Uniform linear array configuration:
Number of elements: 16
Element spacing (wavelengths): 0.75
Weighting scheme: hann
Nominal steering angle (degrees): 60
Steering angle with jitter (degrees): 59.662
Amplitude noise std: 0.05
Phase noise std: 0.05

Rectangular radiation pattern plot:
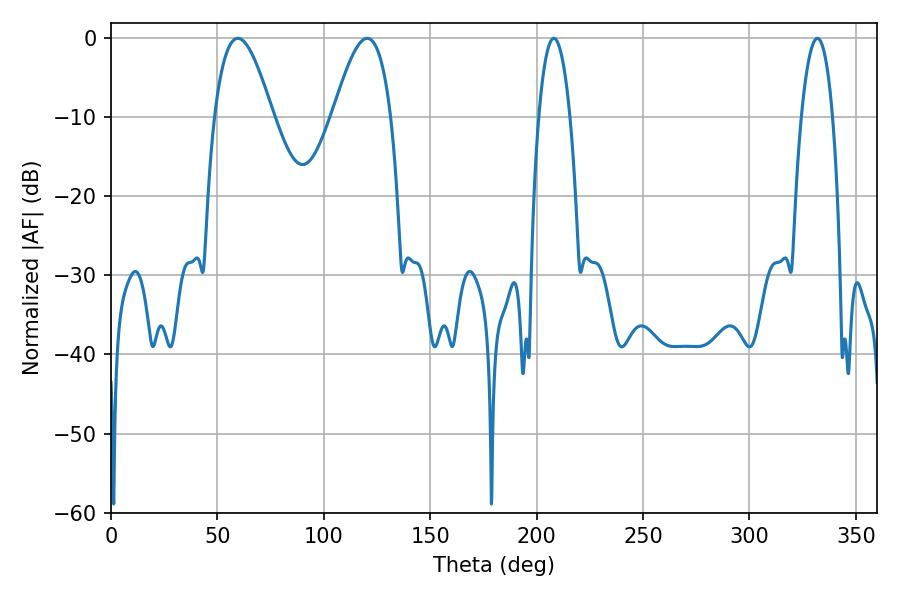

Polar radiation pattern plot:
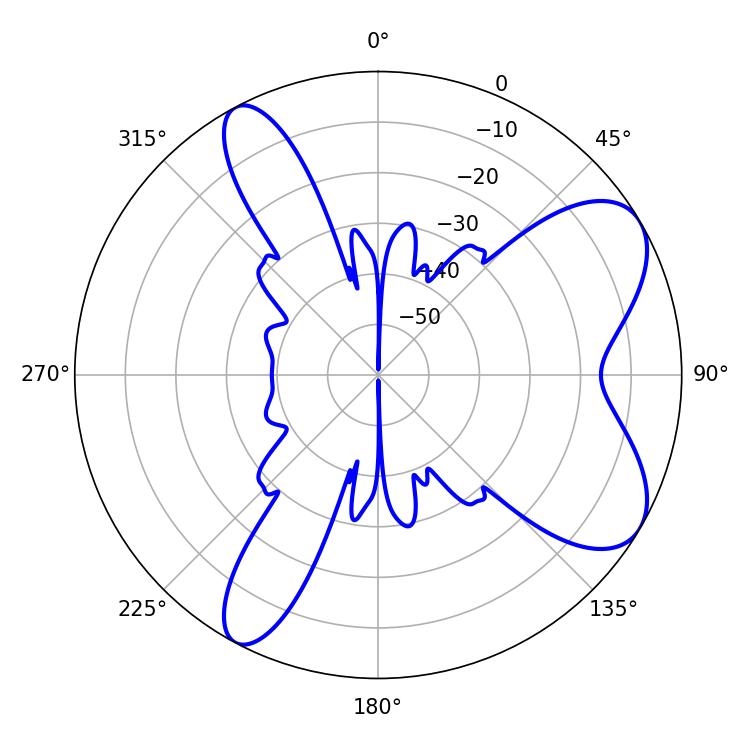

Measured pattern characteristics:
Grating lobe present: TRUE
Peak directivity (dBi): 7.482
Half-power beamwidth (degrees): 8.1
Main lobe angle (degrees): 208.08